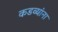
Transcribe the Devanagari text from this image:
कडव्यांना